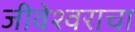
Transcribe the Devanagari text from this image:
जीवेश्वराचा